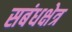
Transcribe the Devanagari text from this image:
सबंधक्षेत्र